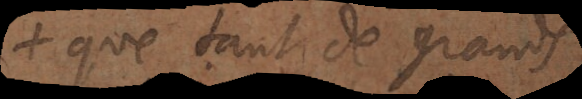
de tant de grands